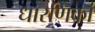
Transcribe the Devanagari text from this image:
धारणिकां